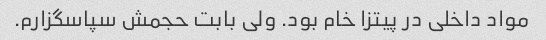
مواد داخلی در پیتزا خام بود. ولی بابت حجمش سپاسگزارم.